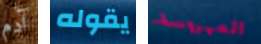
آدم يقوله المهروسة